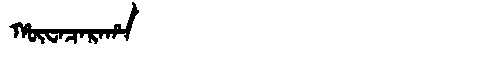
Manchu: ᡥᡡᠸᠠᠴᠠᡵᠠᡥᠠ
Romanization: HŪWACARAHA